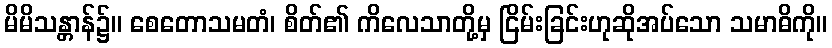
မိမိသန္တာန်၌။ စေတောသမတံ၊ စိတ်၏ ကိလေသာတို့မှ ငြိမ်းခြင်းဟုဆိုအပ်သော သမာဓိကို။